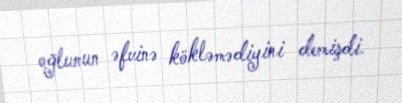
oğlunun əfvinə kökləmədiyini demişdi.